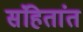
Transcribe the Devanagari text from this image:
संहितांत